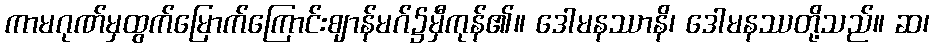
ကာမဂုဏ်မှထွက်မြောက်ကြောင်းဈာန်မဂ်၌မှီကုန်၏။ ဒေါမနဿာနိ၊ ဒေါမနဿတို့သည်။ ဆ၊